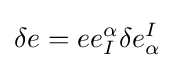
\delta e=ee_{I}^{\alpha }\delta e_{\alpha }^{I}